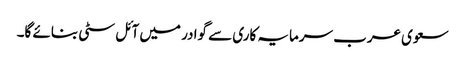
سعوی عرب سرمایہ کاری سے گوادر میں آئل سٹی بنائے گا۔